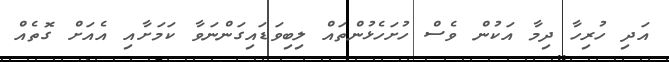
އަދި ހުރިހާ ދިމާ އަކުން ވެސް ހުށަހެޅުންތައް ލިބިވަޑައިގަންނަވާ ކަމަށާއި އެއަށް ގޮތެއް